Civil Veterinary Dept. North-West Frontier Province 1923-32 - 1923-1932
Year: 1923
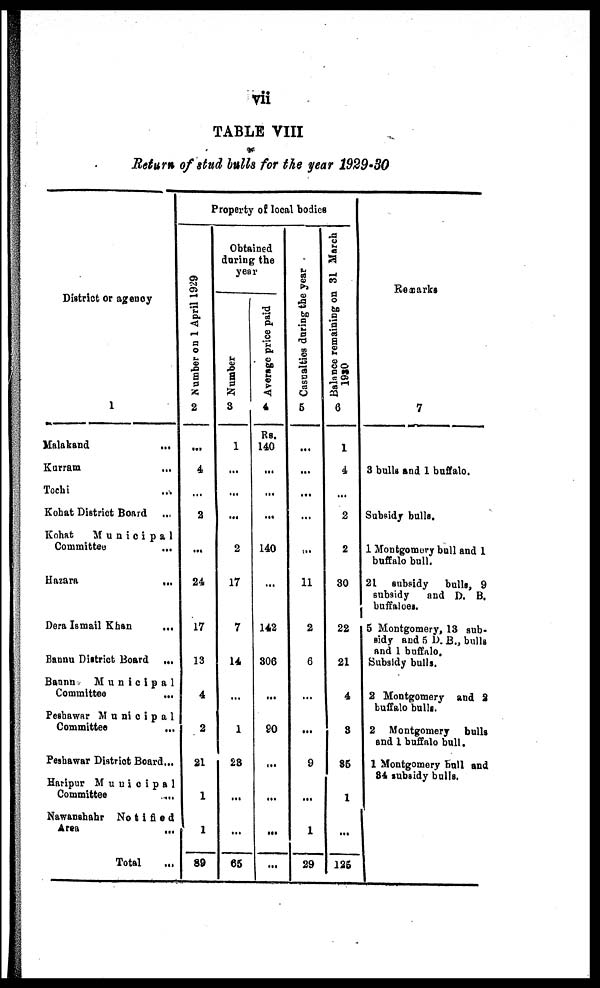
vii
TABLE VIII
Return of stud bulls for the year 1929-30
District or agency
Malakand
...
Kurram ...
Tochi ...
Kohat District Board ...
Kohat
Municipal
Committee
...
Hazara
...
Dera Ismail Khan
...
Bannu District Board
...
Bannu
Municipal
Committee
...
Peshawar Municipal
Committee
...
Peshawar District Board...
Haripur Municipal
Committee
...
Nawanshahr
Notified
Area
...
Total ...
Property of local bodies
Number on 1 April 1929
2
...
4
...
2
...
24
17
13
4
2
21
1
1
89
Obtained
during the
year
Number
3
1
...
...
...
2
17
7
14
...
1
23
...
...
65
Average price paid
4
Rs.
140
...
...
...
140
...
142
306
...
90
...
...
...
...
Casualties during
the year
5
...
...
...
...
...
11
2
6
...
...
9
...
1
29
Balance remaining on 31 March
1930
6
1
4
...
2
2
30
22
21
4
3
35
1
...
125
Remarks
7
3 bulls and 1 buffalo.
Subsidy bulls
1 Montgomery bull and 1
buffalo bull.
21 subsidy
bulls, 9
subsidy
and D. B.
buffaloes.
5 Montgomery, 13 sub-
sidy and 5 D. B., bulls
and 1 buffalo.
Subsidy bulls.
2 Montgomery and 2
buffalo bulls.
2 Montgomery bulls
and 1 buffalo bull.
1 Montgomery bull and
34 subsidy bulls.